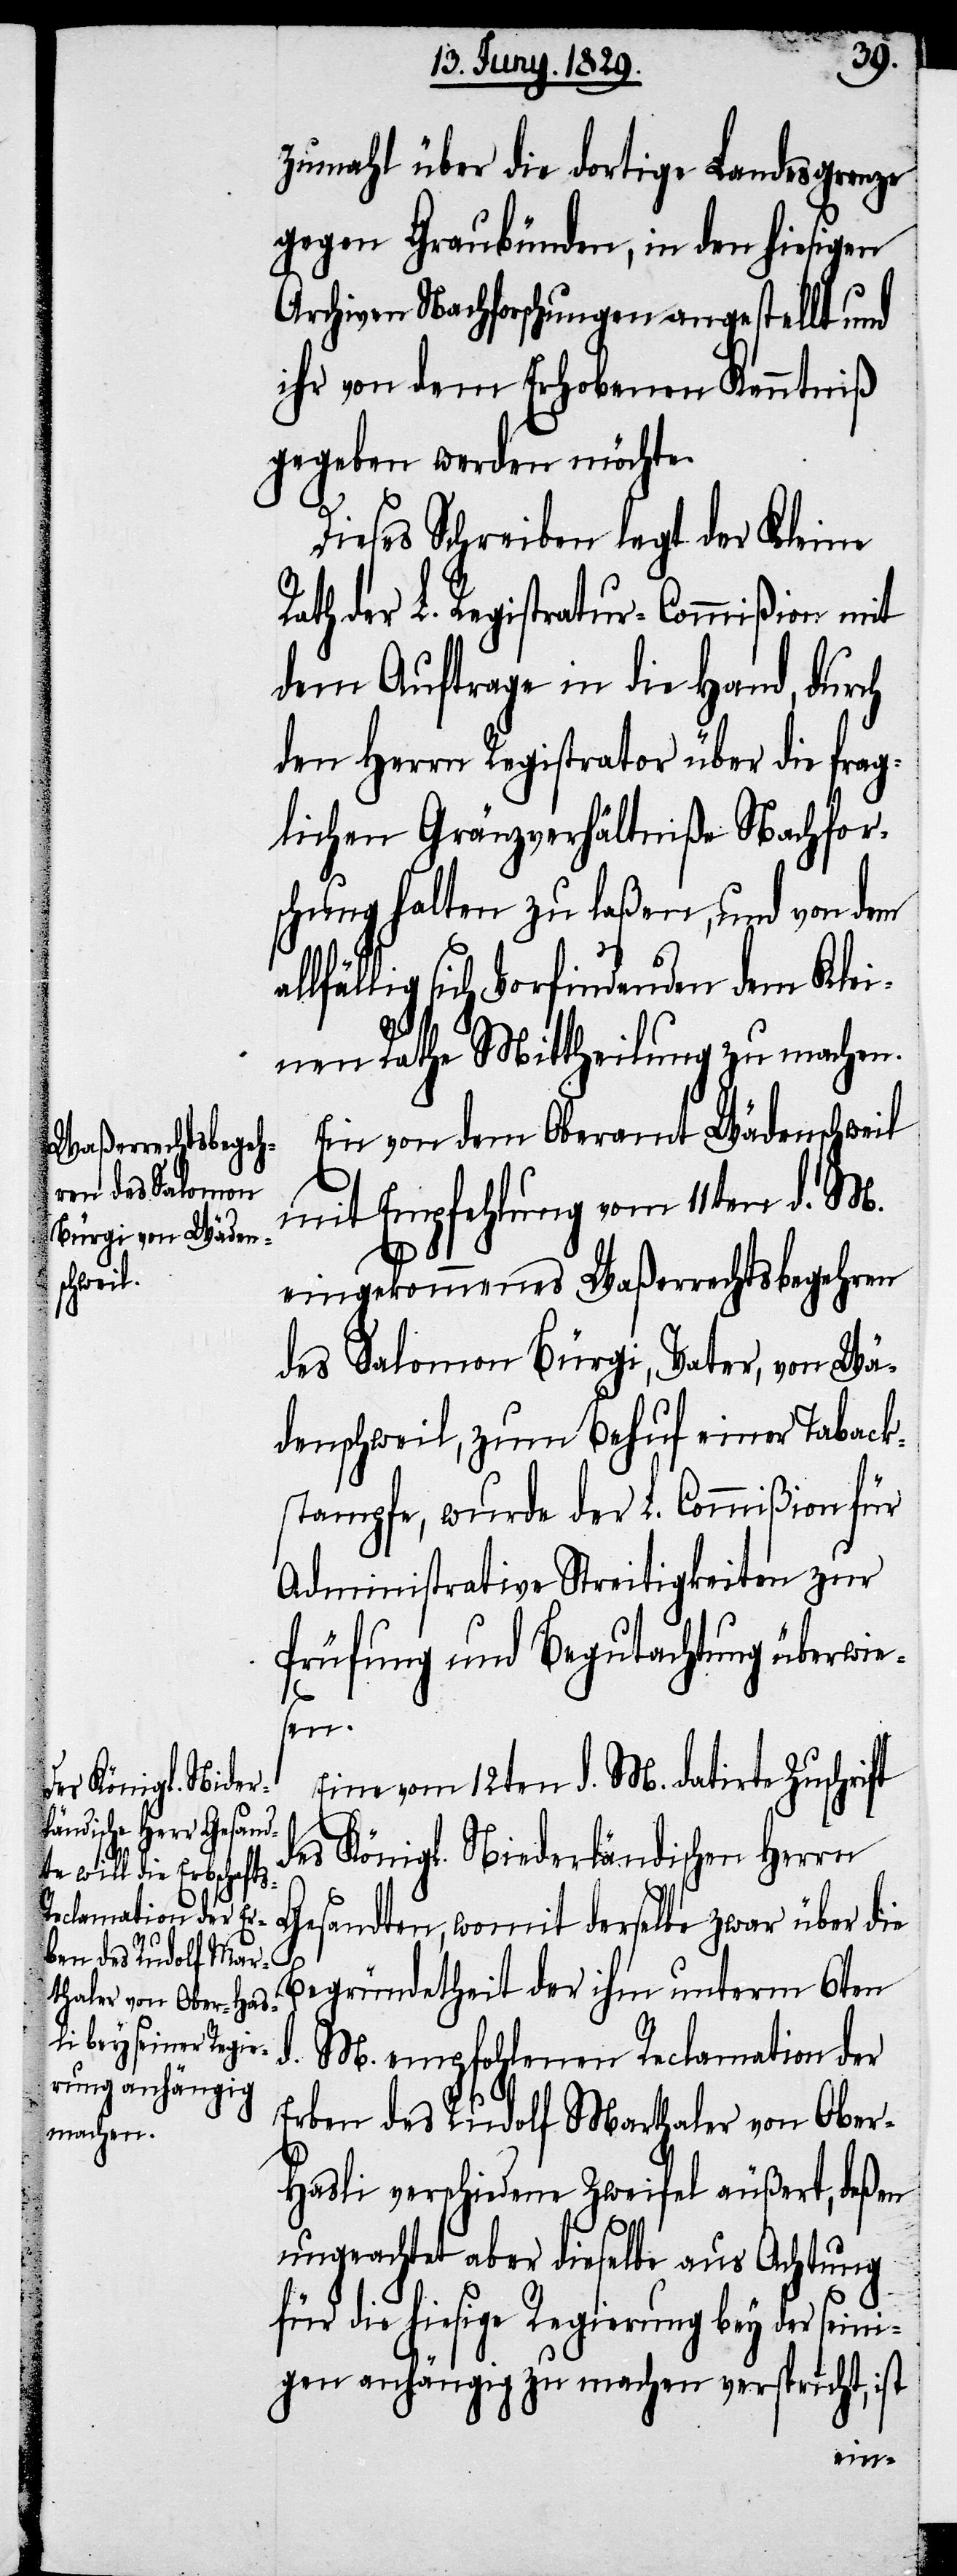
al¬

zumahl über die dortige Landesgrenze
gegen Graubünden, in den hiesigen
Archiven Nachforschungen angestellt und
ihr von dem Erhobenen Kenntniß
gegeben werden möchte.
Dieses Schreiben legt der Kleine
Rath der L. Registratur-Commißion mit
dem Auftrage in die Hand, durch
den Herrn Registrator über die frag¬
lichen Gränzverhältniße Nachfor¬
schungen halten zu laßen, und von dem
lfällig sich Vorfindenden dem Klei¬
nen Rathe Mittheilung zu machen.
Ein von dem Oberamt Wädenschweil
mit Empfehlung vom 11ten d. M.
eingekommenes Waßerrechtsbegehren
des Salomon Bürgi, Vater, von Wä¬
denschweil, zum Behuf einer Taback¬
stampfe, wurde der L. Commißion für
Administrative Streitigkeiten zur
Prüfung und Begutachtung überwies¬
en.
Eine vom 12ten d. M. datirte Zuschrift
des Königl. Niederländischen Herrn
Gesandten, womit derselbe zwar über die
Begründetheit der ihm unterm 6ten
d. M. empfohlenen Reclamation der
Erben des Rudolf Marthaler von Obe¬
r-Hasli verschiedene Zweifel äußert, deßen
ungeachtet aber dieselbe aus Achtung
für die hiesige Regierung bey der sein¬
igen anhängig zu machen verspricht, ist